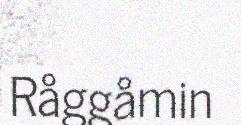
Råggåmin